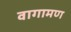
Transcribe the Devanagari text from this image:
वागामण